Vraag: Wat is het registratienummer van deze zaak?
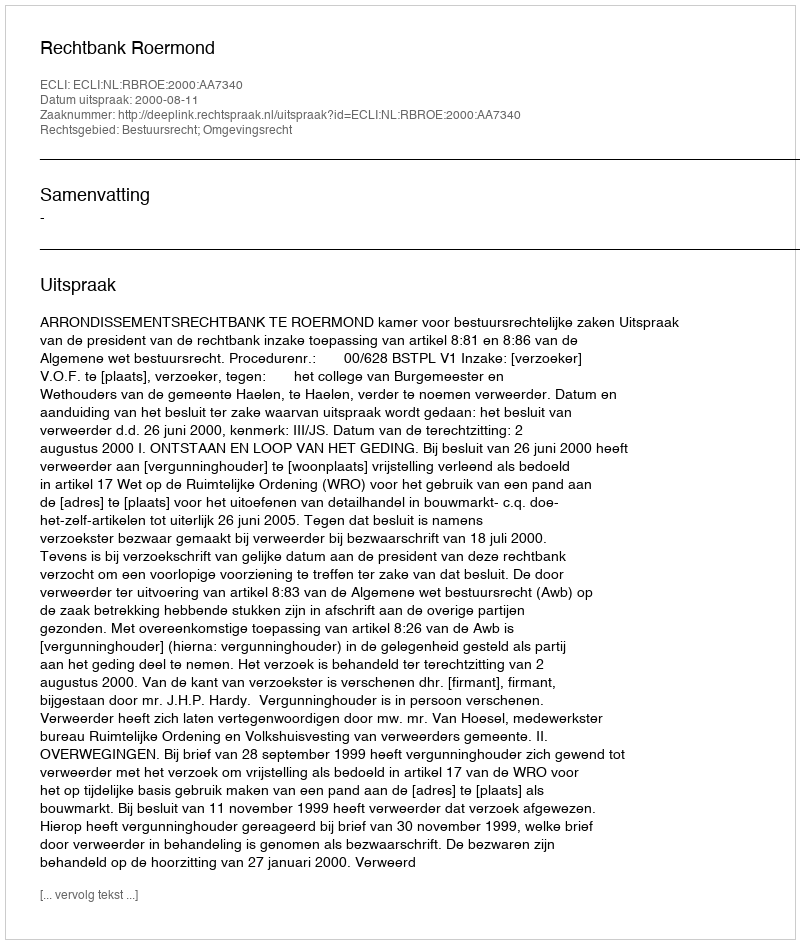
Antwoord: http://deeplink.rechtspraak.nl/uitspraak?id=ECLI:NL:RBROE:2000:AA7340